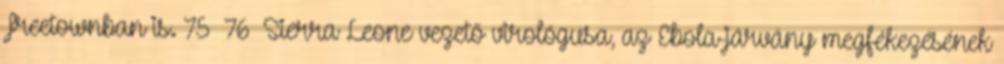
Freetownban is. 75 76 Sierra Leone vezető virológusa, az Ebola-járvány megfékezésének